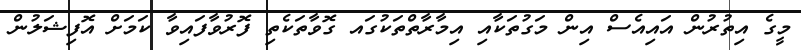
މީގެ އިތުރުން އައިއެސް އިން މަގުތަކާއި އިމާރާތްތަކުގައ ގޮވާތަކެތި ފޮރުވާފައިވާ ކަމަށް އޮފިޝަލުން